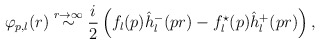
\begin{align*}\varphi_{p,l}(r)\stackrel{r\rightarrow \infty}{\sim} \frac i2\left( f_l(p)\hat{h}^-_l(pr)- f^{\star}_l(p)\hat{h}^+_l(pr)\right),\end{align*}